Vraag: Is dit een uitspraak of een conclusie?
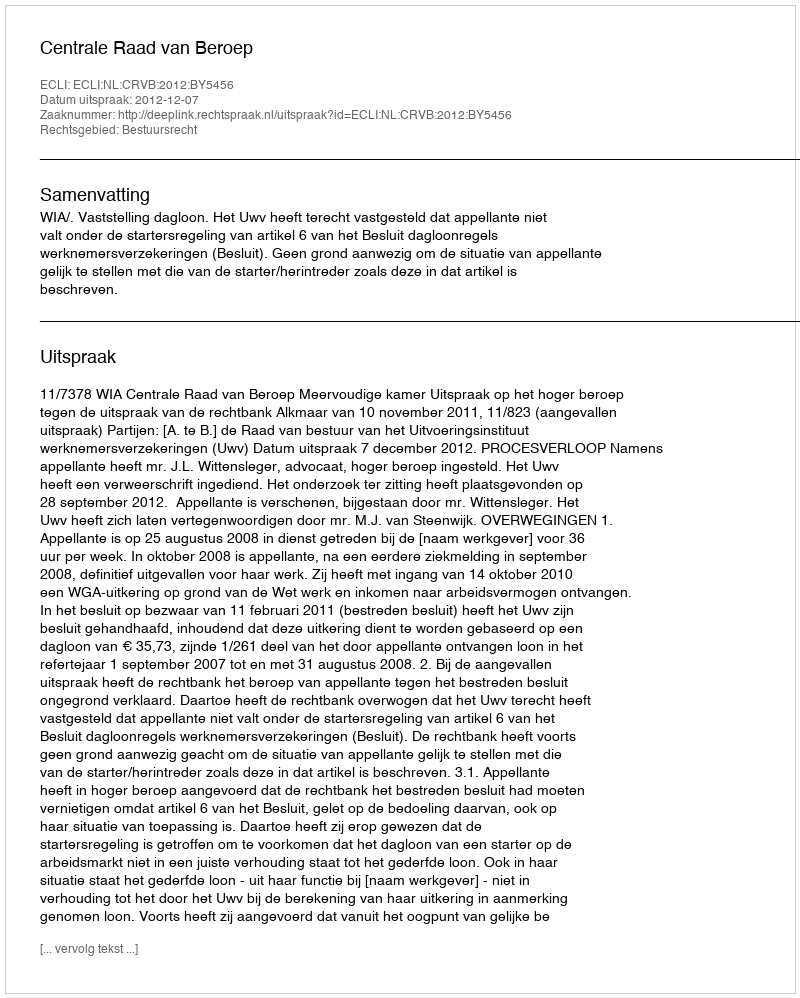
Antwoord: Uitspraak